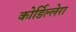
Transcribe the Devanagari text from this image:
कोर्डिल्लेरा